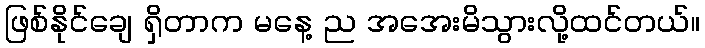
ဖြစ်နိုင်ချေ ရှိတာက မနေ့ ည အအေးမိသွားလို့ထင်တယ်။